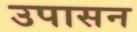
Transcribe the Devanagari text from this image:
उपासन